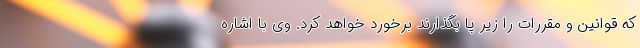
که قوانین و مقررات را زیر پا بگذارند برخورد خواهد کرد. وی با اشاره